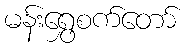
မန်းရွှေစက်တော်